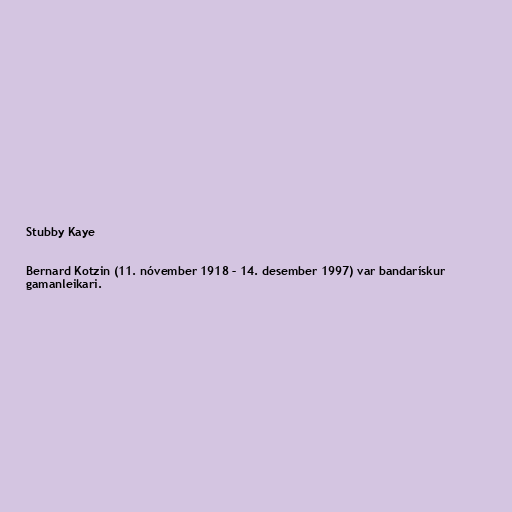
Stubby Kaye

Bernard Kotzin (11. nóvember 1918 – 14. desember 1997) var bandarískur
gamanleikari.